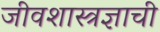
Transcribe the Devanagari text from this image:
जीवशास्त्रज्ञाची